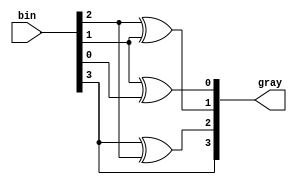
`timescale 1ns / 1ps

module binary_to_gray(bin,gray);

input[3:0]bin; 
output[3:0]gray; 

assign gray[3]=bin[3];
assign gray[2]=bin[3]^bin[2]; 
assign gray[1]=bin[2]^bin[1]; 
assign gray[0]=bin[1]^bin[0]; 

endmodule